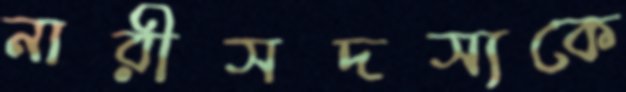
নারীসদস্যকে